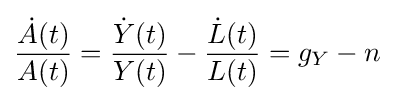
{\frac {{\dot {A}}(t)}{A(t)}}={\frac {{\dot {Y}}(t)}{Y(t)}}-{\frac {{\dot {L}}(t)}{L(t)}}=g_{Y}-n